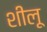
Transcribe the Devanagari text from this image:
शीलू